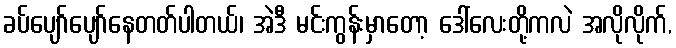
ခပ်ပျော်ပျော်နေတတ်ပါတယ်၊ အဲဒီ မင်းကွန်းမှာတော့ ဒေါ်လေးတို့ကလဲ အလိုလိုက်,